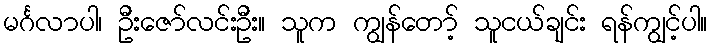
မင်္ဂလာပါ၊ ဦးဇော်လင်းဦး။ သူက ကျွန်တော့် သူငယ်ချင်း ရန်ကျွင့်ပါ။